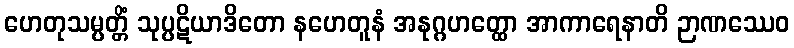
ဟေတုသမ္ပတ္တိံ သုပ္ပဋိယာဒိတော နဟေတူနံ အနုဂ္ဂဟတ္ထော အာကာရေနာတိ ဉာဏဿေဝ